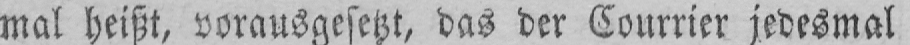
mal heißt, vorausgesetzt, das der Courrier jedesmal